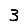
Digit: 3